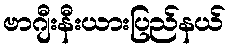
ဗာဂျီးနီးယားပြည်နယ်